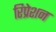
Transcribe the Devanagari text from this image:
रिप्रेशन